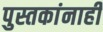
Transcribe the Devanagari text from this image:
पुस्तकांनाही